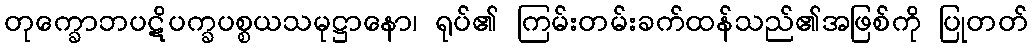
တုက္ခောဘပဋိပက္ခပစ္စယသမုဋ္ဌာနော၊ ရုပ်၏ ကြမ်းတမ်းခက်ထန်သည်၏အဖြစ်ကို ပြုတတ်